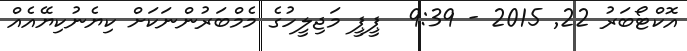
އޮކްޓޯބަރު 22